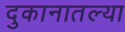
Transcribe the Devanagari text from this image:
दुकानातल्या